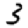
Digit: 3